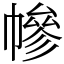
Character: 幓